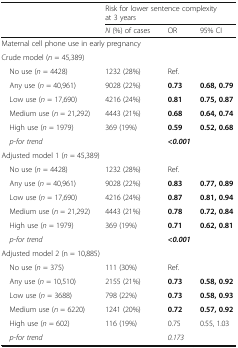
<table><thead><tr><td rowspan="2"></td><td colspan="3"><b>Risk for lower sentence complexity at 3 years</b></td></tr><tr><td><b><i>N</i> (%) of cases</b></td><td><b>OR</b></td><td><b>95% CI</b></td></tr></thead><tbody><tr><td colspan="4">Maternal cell phone use in early pregnancy</td></tr><tr><td colspan="4">Crude model (<i>n</i> = 45,389)</td></tr><tr><td> No use (<i>n</i> = 4428)</td><td>1232 (28%)</td><td>Ref.</td><td></td></tr><tr><td> Any use (<i>n</i> = 40,961)</td><td>9028 (22%)</td><td><b>0.73</b></td><td><b>0.68, 0.79</b></td></tr><tr><td> Low use (<i>n</i> = 17,690)</td><td>4216 (24%)</td><td><b>0.81</b></td><td><b>0.75, 0.87</b></td></tr><tr><td> Medium use (<i>n</i> = 21,292)</td><td>4443 (21%)</td><td><b>0.68</b></td><td><b>0.64, 0.74</b></td></tr><tr><td> High use (<i>n</i> = 1979)</td><td>369 (19%)</td><td><b>0.59</b></td><td><b>0.52, 0.68</b></td></tr><tr><td> <i>p-for trend</i></td><td></td><td colspan="2"><b><i>&lt;0.001</i></b></td></tr><tr><td colspan="4">Adjusted model 1 (<i>n</i> = 45,389)</td></tr><tr><td> No use (<i>n</i> = 4428)</td><td>1232 (28%)</td><td>Ref.</td><td></td></tr><tr><td> Any use (<i>n</i> = 40,961)</td><td>9028 (22%)</td><td><b>0.83</b></td><td><b>0.77, 0.89</b></td></tr><tr><td> Low use (<i>n</i> = 17,690)</td><td>4216 (24%)</td><td><b>0.87</b></td><td><b>0.81, 0.94</b></td></tr><tr><td> Medium use (<i>n</i> = 21,292)</td><td>4443 (21%)</td><td><b>0.78</b></td><td><b>0.72, 0.84</b></td></tr><tr><td> High use (<i>n</i> = 1979)</td><td>369 (19%)</td><td><b>0.71</b></td><td><b>0.62, 0.81</b></td></tr><tr><td> <i>p-for trend</i></td><td></td><td colspan="2"><b><i>&lt;0.001</i></b></td></tr><tr><td colspan="4">Adjusted model 2 (n = 10,885)</td></tr><tr><td> No use (<i>n</i> = 375)</td><td>111 (30%)</td><td>Ref.</td><td></td></tr><tr><td> Any use (<i>n</i> = 10,510)</td><td>2155 (21%)</td><td><b>0.73</b></td><td><b>0.58, 0.92</b></td></tr><tr><td> Low use (<i>n</i> = 3688)</td><td>798 (22%)</td><td><b>0.73</b></td><td><b>0.58, 0.93</b></td></tr><tr><td> Medium use (<i>n</i> = 6220)</td><td>1241 (20%)</td><td><b>0.72</b></td><td><b>0.57, 0.92</b></td></tr><tr><td> High use (<i>n</i> = 602)</td><td>116 (19%)</td><td>0.75</td><td>0.55, 1.03</td></tr><tr><td> <i>p-for trend</i></td><td></td><td colspan="2"><i>0.173</i></td></tr></tbody></table>